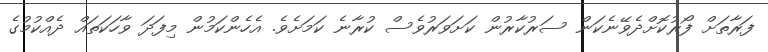
ފަރާތަށް ފޯރުކޮށްދެވޭނެކަން ސަރުކާރުން ކަށަވަރުވެސް ކުރާނެ ކަމަށެވެ. އެހެންކަމުން މިފަދަ ވާހަކަތައް ދެއްކުމުގެ